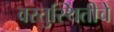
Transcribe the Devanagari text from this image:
वस्तुस्थितीचे